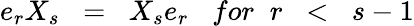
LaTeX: e_{r}X_{s}\; \; =\; \; X_{s}e_{r}\; \; \; for\; \; r\; \; <\; \; s-1